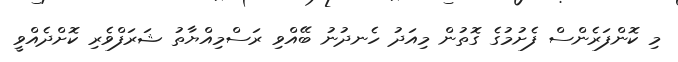
މި ކޮންފަރެންސް ފެށުމުގެ ގޮތުން މިއަދު ހެނދުނު ބޭއްވި ރަސްމިއްޔާތު ޝަރަފްވެރި ކޮށްދެއްވީ